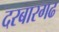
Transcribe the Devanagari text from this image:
दरबारगढ